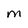
Character: M